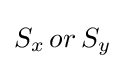
S_{x}\,or\,S_{y}